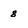
Character: 8